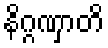
နိဂ္ဂဏှာတိ